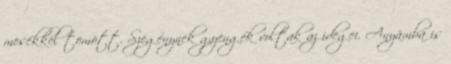
mesékkel tömött. Szegénynek gyengék voltak az idegei. Anyámba is